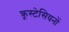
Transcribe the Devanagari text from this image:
क्रूस्टेसियनों